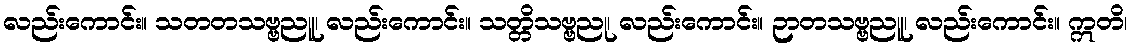
လည်းကောင်း။ သတတသဗ္ဗညူ၊ လည်းကောင်း။ သတ္တိသဗ္ဗညု၊ လည်းကောင်း။ ဉာတသဗ္ဗညူ၊ လည်းကောင်း။ ဣတိ၊